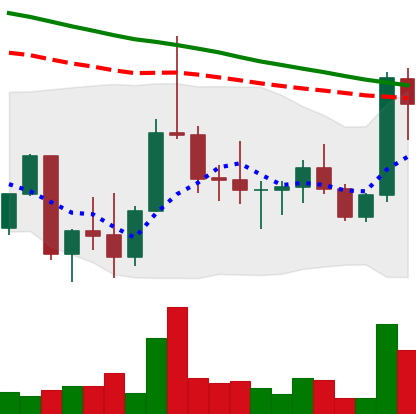
Ticker: DOGE-USD
Chart end date: 2022-10-05
Forward return: -8.067%
Label: down_7plus